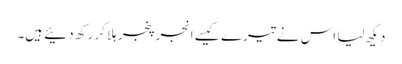
دیکھ لیا اس نے تیرے کیسے انجر پنجر ہلا کر رکھ دئیے ہیں۔